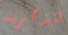
تتذكرينه